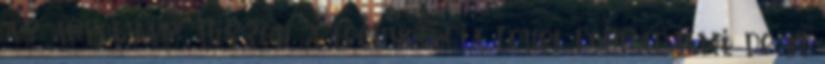
az árfolyam. Hiszen, a technológia lehet forradalmi, de ki